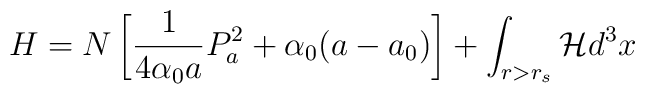
H = N \left[ \frac{1}{4\alpha_{0} a} P_{a}^{2}+ \alpha_{0} (a - a_{0}) \right]+ \int_{r>r_{s}} {\cal H} d^{3} x